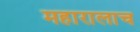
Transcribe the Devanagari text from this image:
महारालाच